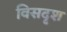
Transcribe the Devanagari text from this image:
विसदृश